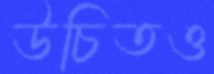
উচিতও